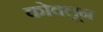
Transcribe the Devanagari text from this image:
कोवलून